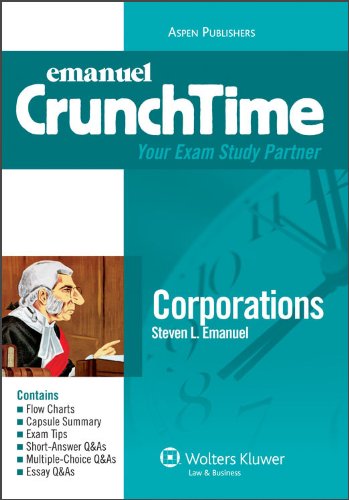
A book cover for Corporations (CrunchTime); Steven L. Emanuel; Business & Money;